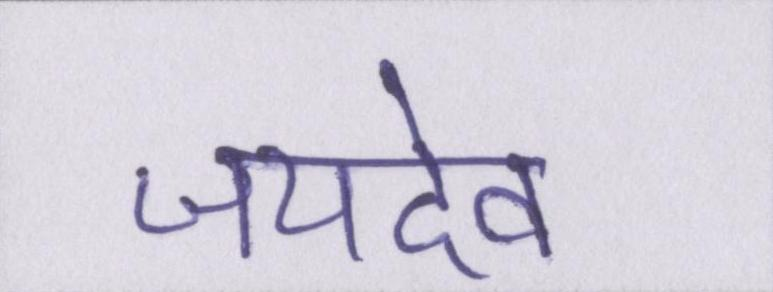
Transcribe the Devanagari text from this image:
जयदेव